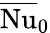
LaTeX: \overline{{\mathrm{Nu}}}_{\mathrm{0}}